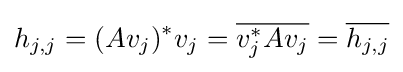
h_{j,j}=(Av_{j})^{*}v_{j}={\overline {v_{j}^{*}Av_{j}}}={\overline {h_{j,j}}}